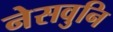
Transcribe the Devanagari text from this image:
नेसवुनि